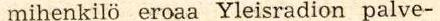
mihenkilö eroaa Yleisradion palve-